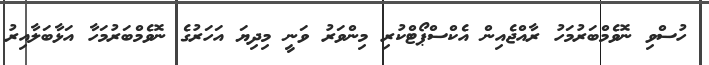
ހުސްވި ނޮވެމްބަރުމަހު ރާއްޖެއިން އެކްސްޕޯޓްކުރި މިންވަރު ވަނީ މިދިޔަ އަހަރުގެ ނޮވެމްބަރުމަހާ އަޅާބަލާއިރު